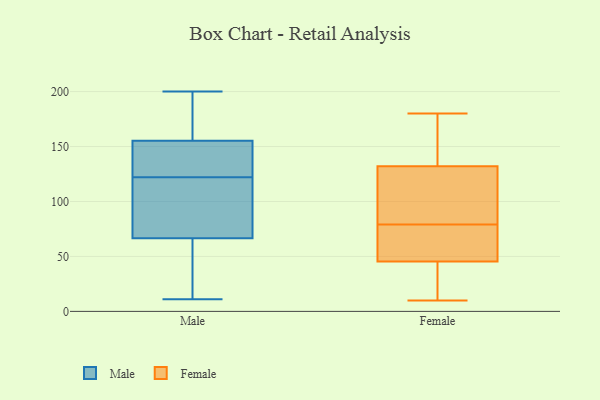
{"axis": {"x": "Headcount", "y": "Value"}, "legend": ["Female", "Male"], "data": [{"x": "", "y": 147, "type": "Male"}, {"x": "", "y": 117, "type": "Male"}, {"x": "", "y": 23, "type": "Male"}, {"x": "", "y": 71, "type": "Male"}, {"x": "", "y": 192, "type": "Male"}, {"x": "", "y": 11, "type": "Male"}, {"x": "", "y": 128, "type": "Male"}, {"x": "", "y": 140, "type": "Male"}, {"x": "", "y": 200, "type": "Male"}, {"x": "", "y": 27, "type": "Male"}, {"x": "", "y": 104, "type": "Male"}, {"x": "", "y": 200, "type": "Male"}, {"x": "", "y": 56, "type": "Male"}, {"x": "", "y": 65, "type": "Male"}, {"x": "", "y": 122, "type": "Male"}, {"x": "", "y": 189, "type": "Male"}, {"x": "", "y": 153, "type": "Male"}, {"x": "", "y": 122, "type": "Male"}, {"x": "", "y": 156, "type": "Male"}, {"x": "", "y": 35, "type": "Female"}, {"x": "", "y": 87, "type": "Female"}, {"x": "", "y": 59, "type": "Female"}, {"x": "", "y": 121, "type": "Female"}, {"x": "", "y": 51, "type": "Female"}, {"x": "", "y": 40, "type": "Female"}, {"x": "", "y": 143, "type": "Female"}, {"x": "", "y": 95, "type": "Female"}, {"x": "", "y": 51, "type": "Female"}, {"x": "", "y": 156, "type": "Female"}, {"x": "", "y": 10, "type": "Female"}, {"x": "", "y": 118, "type": "Female"}, {"x": "", "y": 177, "type": "Female"}, {"x": "", "y": 35, "type": "Female"}, {"x": "", "y": 180, "type": "Female"}, {"x": "", "y": 71, "type": "Female"}]}